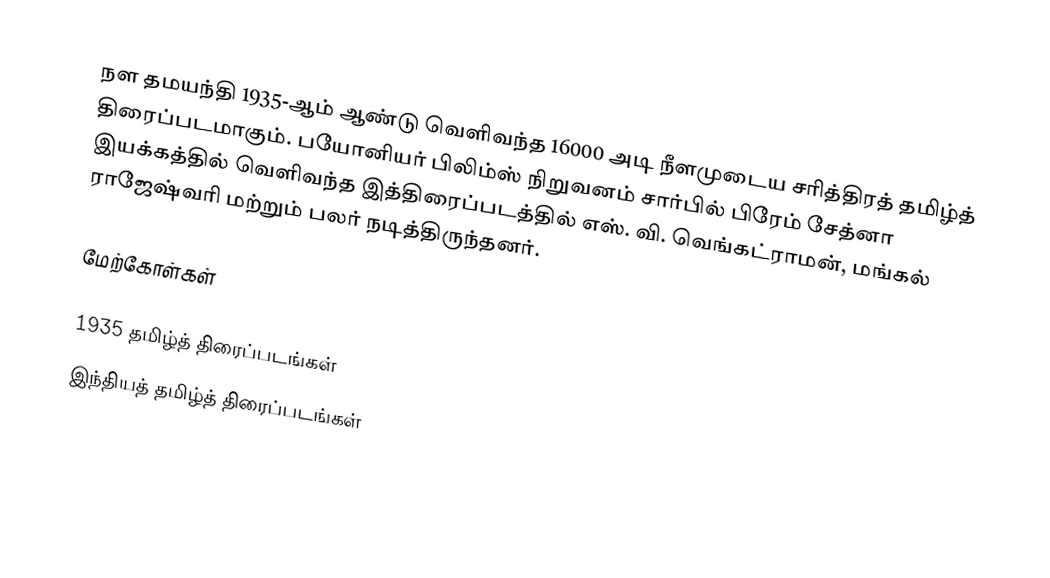
நள தமயந்தி 1935-ஆம் ஆண்டு வெளிவந்த 16000 அடி நீளமுடைய சரித்திரத் தமிழ்த் திரைப்படமாகும். பயோனியர் பிலிம்ஸ் நிறுவனம் சார்பில் பிரேம் சேத்னா இயக்கத்தில் வெளிவந்த இத்திரைப்படத்தில் எஸ். வி. வெங்கட்ராமன், மங்கல் ராஜேஷ்வரி மற்றும் பலர் நடித்திருந்தனர்.

மேற்கோள்கள்

1935 தமிழ்த் திரைப்படங்கள்
இந்தியத் தமிழ்த் திரைப்படங்கள்